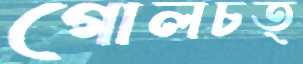
গোলচত্